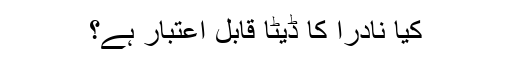
کیا نادرا کا ڈیٹا قابلِ اعتبار ہے؟